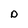
Character: D